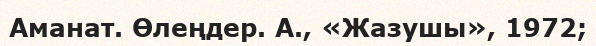
Аманат. Өлеңдер. А., «Жазушы», 1972;